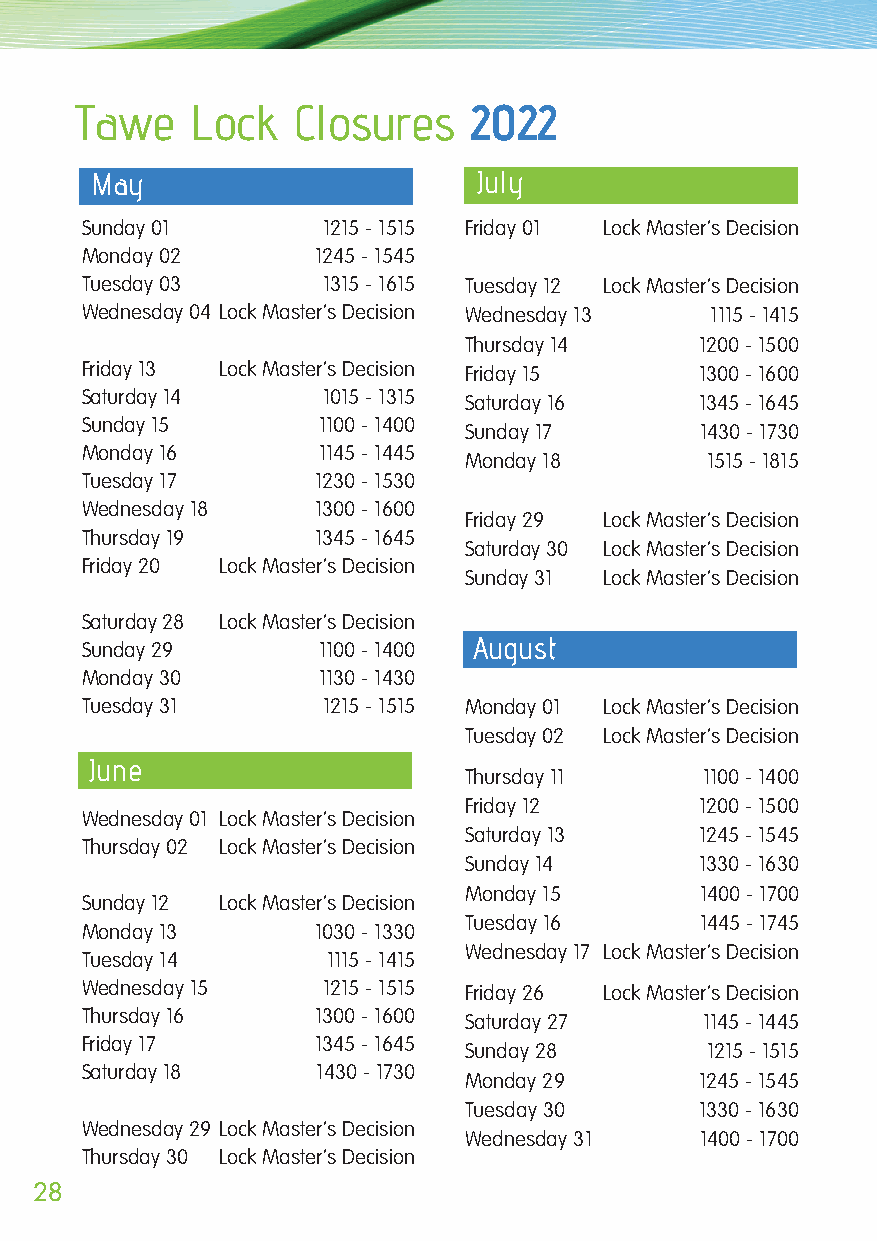
Tawe    Lock  Closures    2022
 May                       July
 Sunday 01       1215 - 1515 Friday 01 Lock Master’s Decision
 Monday 02       1245 - 1545
 Tuesday 03      1315 - 1615 Tuesday 12 Lock Master’s Decision
 Wednesday 04 Lock Master’s Decision Wednesday 13 1115 - 1415
 Thursday 14    1200 - 1500
 Friday 13 Lock Master’s Decision Friday 15 1300 - 1600
 Saturday 14     1015 - 1315 Saturday 16  1345 - 1645
 Sunday 15       1100 - 1400
 Sunday 17      1430 - 1730
 Monday 16       1145 - 1445
 Monday 18       1515 - 1815
 Tuesday 17      1230 - 1530
 Wednesday 18    1300 - 1600
 Friday 29 Lock Master’s Decision
 Thursday 19     1345 - 1645
 Saturday 30 Lock Master’s Decision
 Friday 20 Lock Master’s Decision
 Sunday 31 Lock Master’s Decision
 Saturday 28 Lock Master’s Decision
 August
 Sunday 29       1100 - 1400
 Monday 30       1130 - 1430
 Tuesday 31      1215 - 1515 Monday 01 Lock Master’s Decision
 Tuesday 02 Lock Master’s Decision
 June
 Thursday 11     1100 - 1400
 Friday 12      1200 - 1500
 Wednesday 01 Lock Master’s Decision
 Saturday 13    1245 - 1545
 Thursday 02 Lock Master’s Decision
 Sunday 14      1330 - 1630
 Monday 15      1400 - 1700
 Sunday 12 Lock Master’s Decision
 Tuesday 16     1445 - 1745
 Monday 13       1030 - 1330
 Wednesday 17 Lock Master’s Decision
 Tuesday 14       1115 - 1415
 Wednesday 15    1215 - 1515 Friday 26 Lock Master’s Decision
 Thursday 16     1300 - 1600
 Saturday 27     1145 - 1445
 Friday 17       1345 - 1645
 Sunday 28       1215 - 1515
 Saturday 18     1430 - 1730
 Monday 29      1245 - 1545
 Tuesday 30     1330 - 1630
 Wednesday 29 Lock Master’s Decision
 Wednesday 31   1400 - 1700
 Thursday 30 Lock Master’s Decision
 28